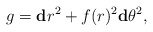
\begin{align*}g = \mathbf{d}r^2 + f(r)^2 \mathbf{d}\theta^2,\end{align*}